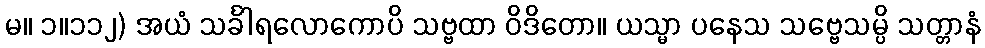
မ။ ၁။၁၁၂) အယံ သင်္ခါရလောကောပိ သဗ္ဗထာ ဝိဒိတော။ ယသ္မာ ပနေသ သဗ္ဗေသမ္ပိ သတ္တာနံ